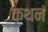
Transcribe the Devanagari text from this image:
कथनं